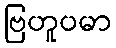
ဗြဟူပမာ